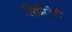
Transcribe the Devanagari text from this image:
सिमिटेरो